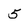
Character: 5